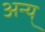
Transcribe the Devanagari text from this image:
अन्य्